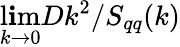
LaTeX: \operatorname*{l\mathbf{i}m}_{k\to0}Dk^{2}/S_{qq}(k)